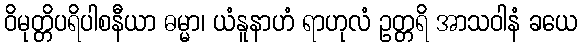
ဝိမုတ္တိပရိပါစနီယာ ဓမ္မာ၊ ယံနူနာဟံ ရာဟုလံ ဥတ္တရိ အာသဝါနံ ခယေ